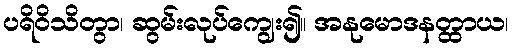
ပရိဝိသိတွာ၊ ဆွမ်းလုပ်ကျွေး၍။ အနုမောဒနတ္ထာယ၊